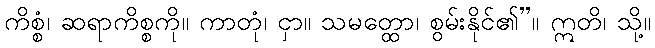
ကိစ္စံ၊ ဆရာကိစ္စကို။ ကာတုံ၊ ငှာ။ သမတ္ထော၊ စွမ်းနိုင်၏”။ ဣတိ၊ သို့။